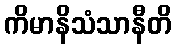
ကိမာနိသံသာနီတိ